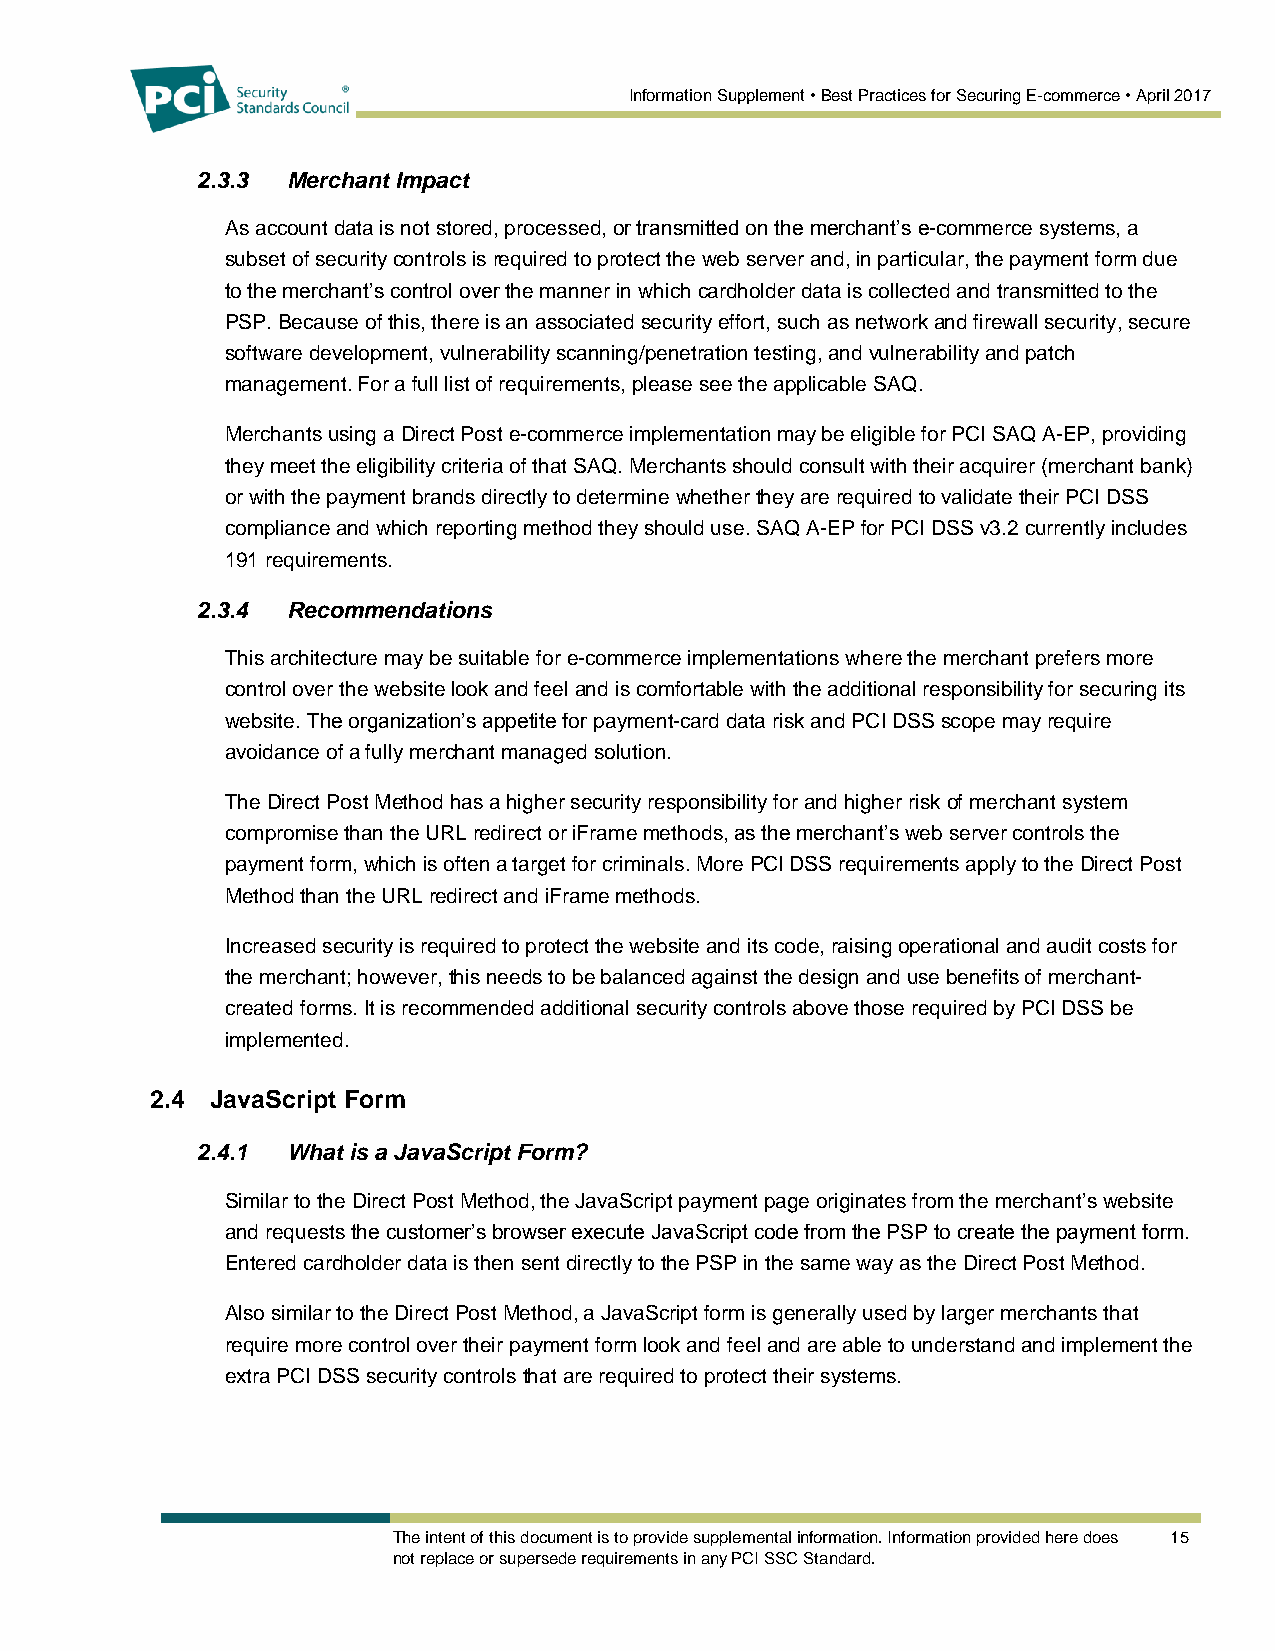
Information Supplement • Best Practices for Securing E-commerce • April 2017
 2.3.3 Merchant Impact
 As account data is not stored, processed, or transmitted on the merchant’s e-commerce systems, a
 subset of security controls is required to protect the web server and, in particular, the payment form due
 to the merchant’s control over the manner in which cardholder data is collected and transmitted to the
 PSP. Because of this, there is an associated security effort, such as network and firewall security, secure
 software development, vulnerability scanning/penetration testing, and vulnerability and patch
 management. For a full list of requirements, please see the applicable SAQ.
 Merchants using a Direct Post e-commerce implementation may be eligible for PCI SAQ A-EP, providing
 they meet the eligibility criteria of that SAQ. Merchants should consult with their acquirer (merchant bank)
 or with the payment brands directly to determine whether they are required to validate their PCI DSS
 compliance and which reporting method they should use. SAQ A-EP for PCI DSS v3.2 currently includes
 191 requirements.
 2.3.4 Recommendations
 This architecture may be suitable for e-commerce implementations where the merchant prefers more
 control over the website look and feel and is comfortable with the additional responsibility for securing its
 website. The organization’s appetite for payment-card data risk and PCI DSS scope may require
 avoidance of a fully merchant managed solution.
 The Direct Post Method has a higher security responsibility for and higher risk of merchant system
 compromise than the URL redirect or iFrame methods, as the merchant’s web server controls the
 payment form, which is often a target for criminals. More PCI DSS requirements apply to the Direct Post
 Method than the URL redirect and iFrame methods.
 Increased security is required to protect the website and its code, raising operational and audit costs for
 the merchant; however, this needs to be balanced against the design and use benefits of merchant-
 created forms. It is recommended additional security controls above those required by PCI DSS be
 implemented.
 2.4 JavaScript Form
 2.4.1 What is a JavaScript Form?
 Similar to the Direct Post Method, the JavaScript payment page originates from the merchant’s website
 and requests the customer’s browser execute JavaScript code from the PSP to create the payment form.
 Entered cardholder data is then sent directly to the PSP in the same way as the Direct Post Method.
 Also similar to the Direct Post Method, a JavaScript form is generally used by larger merchants that
 require more control over their payment form look and feel and are able to understand and implement the
 extra PCI DSS security controls that are required to protect their systems.
 The intent of this document is to provide supplemental information. Information provided here does 15
 not replace or supersede requirements in any PCI SSC Standard.